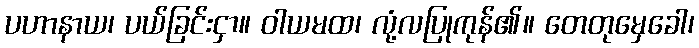
ပဟာနာယ၊ ပယ်ခြင်းငှာ။ ဝါယမထ၊ လုံ့လပြုကုန်၏။ တေတုမှေခေါ၊